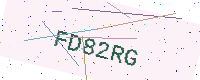
Text: FD82RG